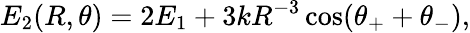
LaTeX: E_{2}(R,\theta)=2E_{1}+3kR^{-3}\cos(\theta_{+}+\theta_{-}),